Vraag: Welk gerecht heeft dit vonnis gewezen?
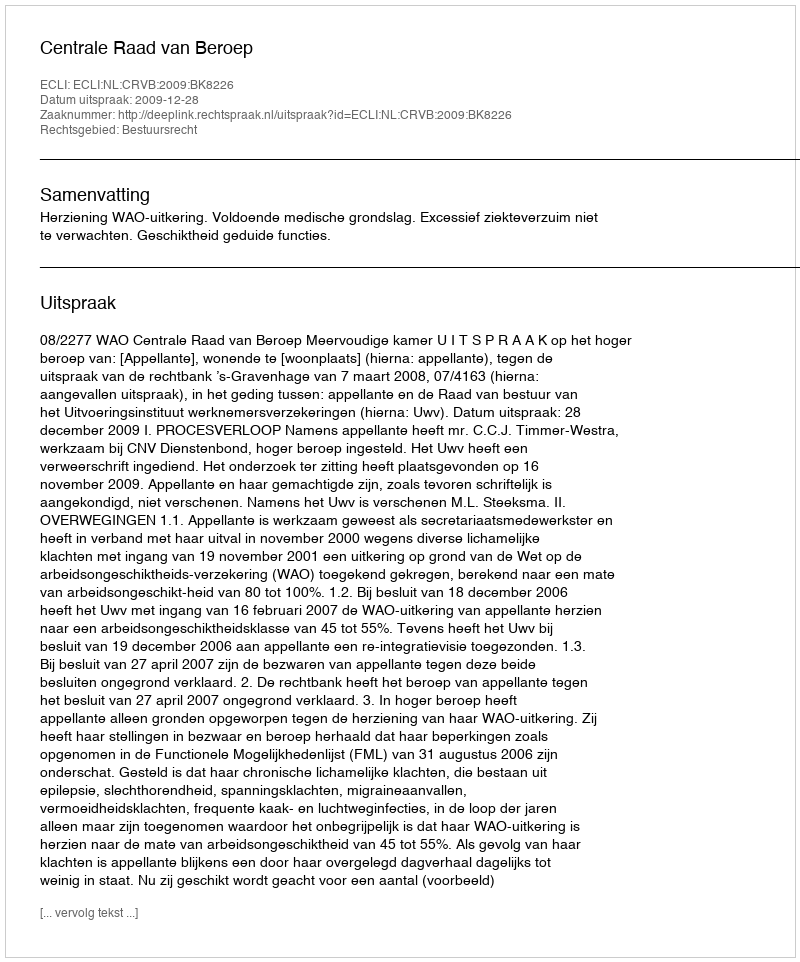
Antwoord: Centrale Raad van Beroep